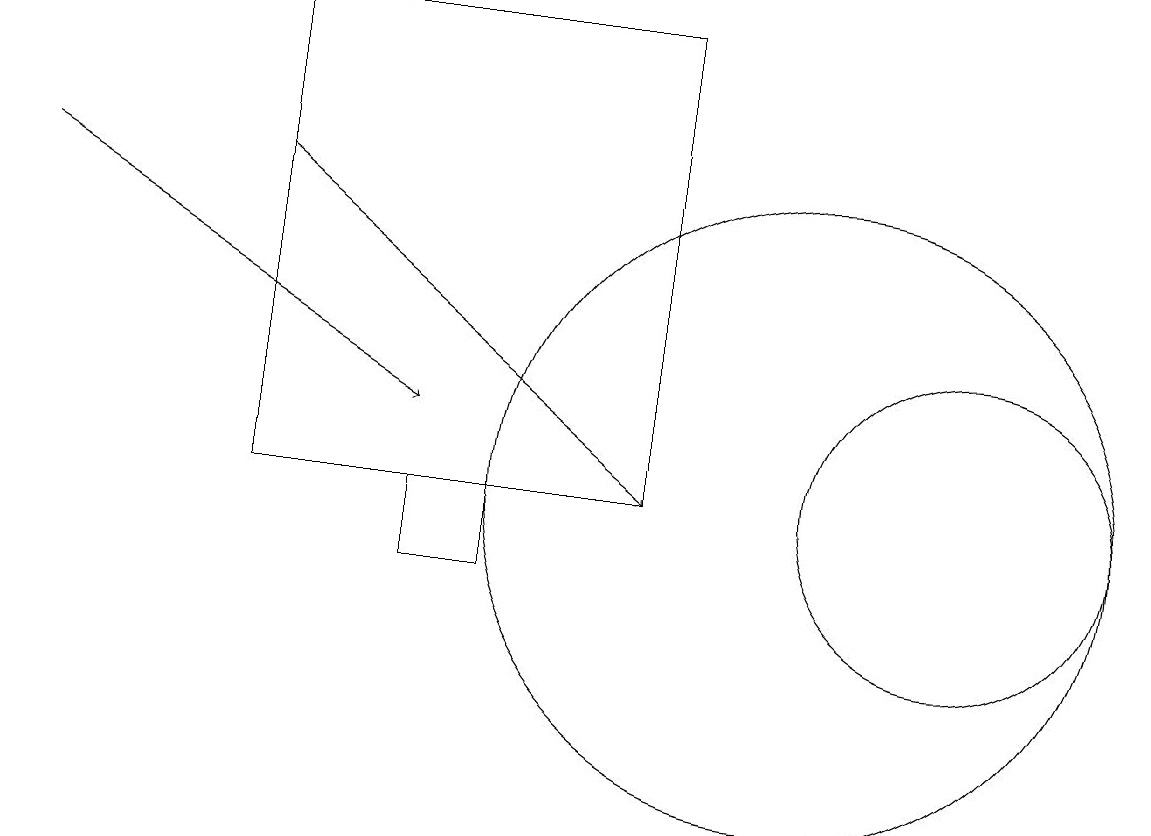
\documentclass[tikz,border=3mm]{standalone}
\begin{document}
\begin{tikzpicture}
\draw[->] (3,15) -- (8,11);
\draw (8,17) rectangle (3,11);
\draw (5,11) rectangle (6,10);
\draw[->] (0,15) -- (5,12);
\draw (12,11) circle (2);
\draw (10,11) circle (4);
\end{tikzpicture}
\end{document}